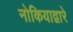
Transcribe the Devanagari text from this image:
नोकियाद्वारे